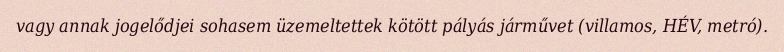
vagy annak jogelődjei sohasem üzemeltettek kötött pályás járművet (villamos, HÉV, metró).